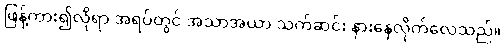
ဖြန့်ကား၍လိုရာ အရပ်တွင် အသာအယာ သက်ဆင်း နားနေလိုက်လေသည်။